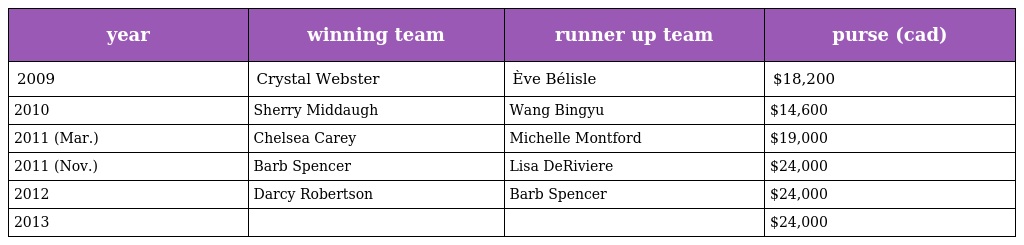
| year | winning team | runner up team | purse (cad) |
 | --- | --- | --- | --- |
 | 2009 | Crystal Webster | Ève Bélisle | $18,200 |
 | 2010 | Sherry Middaugh | Wang Bingyu | $14,600 |
 | 2011 (Mar.) | Chelsea Carey | Michelle Montford | $19,000 |
 | 2011 (Nov.) | Barb Spencer | Lisa DeRiviere | $24,000 |
 | 2012 | Darcy Robertson | Barb Spencer | $24,000 |
 | 2013 |  |  | $24,000 |